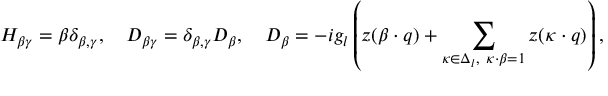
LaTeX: H _ { \beta \gamma } = \beta \delta _ { \beta , \gamma } , \quad D _ { \beta \gamma } = \delta _ { \beta , \gamma } D _ { \beta } , \quad D _ { \beta } = - i g _ { l } \left( z ( \beta \cdot q ) + \sum _ { \kappa \in \Delta _ { l } , \ \kappa \cdot \beta = 1 } z ( \kappa \cdot q ) \right) ,